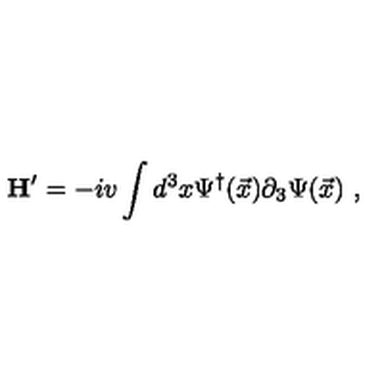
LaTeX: { \bf H } ^ { \prime } = - i v \int d ^ { 3 } x \Psi ^ { \dagger } ( \vec { x } ) \partial _ { 3 } \Psi ( \vec { x } ) \ ,